Scottish Leaving Certificate Examination, 1954
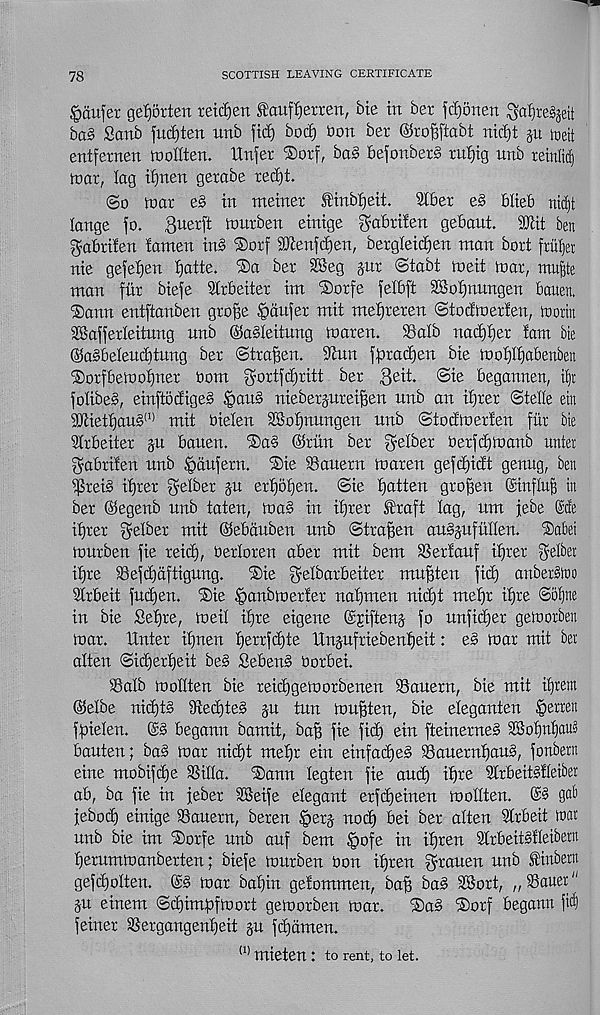
78
SCOTTISH LEAVING CERTIFICATE
<paufer getptten retc^en fauf^erren, bit in ber fdjonen ^a|re%it
bag Sanb fudjten unb fid) boc^ bon ber ©rofiftabt nid)t §u treit
entfernen toollten. ttnfer ®orf, bag befonberg tul)ig unb reinlid)
tear, lag iijnen gerabe red)t.
(So mar eg in nteiner ®inbf)eit.
2lber eg blieb nicl)t
lange fo. 3 u erft murben einige gabrifen gebaut. SUiit ben
gabrifen lamen ing ®orf SKenfdjen, bergleidjen man bort frufjer
nie gefeijen biatte. ®a ber SBeg jur ©tabt meit tnar, mu|te
man fiir biefe SCrbeiter im iSorfe felbft 2BoI)nungen bauen.
®ann entftanben groge Confer mit melfreren (Stodmerfen, to or in
2BafferIeitung unb ©agleitung loaren. ©alb nadfijer iam bie
©agbeleud)tung ber (Straffen. Sinn fforadjen bie iooi)l^abenben
®orfben)ot)ner bom ^ortfe^ritt ber $eit. <Sie beganneu, %
folibeg, einftodigeg §aug nieberjurei^en unb an ifjrer ©telle ein
2Kiett)aug (1) mit bieten SKotjnungen unb ©todlnerien fiir bie
Strbeiter gu bauen. ^ag ©run ber f^elber berfditoanb urtter
^abrifen unb Ipdufern, ®ie ©auern toaren gefdjidt genug, ben
5(5reig ifjrer fyelber ju erf)ot)en. Sie tjatten gro^en Sinflufj in
ber ©egenb unb taten, mag in ifjrer St'raft tag, um jebe @de
ifjrer fftetber mit ©ebduben unb Strafjen augjufutten. Dabei
murben fie reid), bertoren aber mit bem ©erfauf ifjrer getber
ifjre ©efdjdftigung.
®ie f^efbarbeiter mu^ten fid) anbergloo
Strbeit fudjen. ®ie §anbmerfer nafjmen nidjjt mefjr ifjre Sofjne
in bie Se'fjre, meif ifjre eigene ©jciftenj fo unfidjer gemorben
mar. IXnter ifjnen fjerrfdjte Unjufriebenfjeit: eg mar mit ber
often ©idjerfjeit beg Sebeng borbei.
©afb molften bie reidjgemorbenen ©auern, bie mit ifjrem
©efbe nidjtg Sftedjteg p tun mu|ten, bie efeganten §erren
fpiefen. @g begann bamit, bafj fie fid) ein fteinerneg ©Jofjnfjcud
bauten; bag mar nidjt metjr ein einfadjeg ©auernfjaug, fonbern
eine mobifdje ©ilia. fSann fegten fie and) ifjre Sfrbeitgfteiber
ab, ba fie in feber SBeife elegant erfdjeinen molften. @g gab
jebod) einige ©auern, beren §erj nod) bei ber alten Sfrbeit roar
unb bie im ®orfe unb auf bem §ofe in ifjren 9frbeitgfleibern
fjerummanberten; biefe murben bon ifjren grauen unb f'inbern
gefdjolten. ©g mar bafjin gefommen, baft bag SBort, „©auer"
p einem ©djimpfmort gemorben mar.
®a§ ®orf begann ft(|
feiner ©ergangenfjeit p fdjdmen.
(1) mieten: to rent, to let.